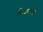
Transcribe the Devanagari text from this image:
पिण्यासारखे